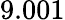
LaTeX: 9.001